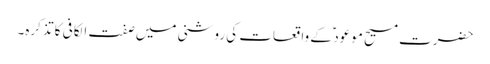
حضرت مسیح موعود ؑ کے واقعات کی روشنی میں صفت الکافی کا تذکرہ۔